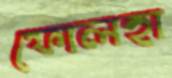
ফোলহা